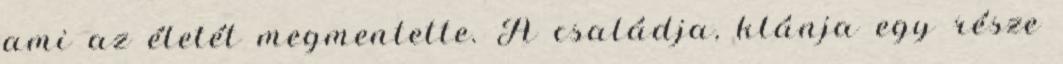
ami az életét megmentette. A családja, klánja egy része